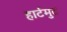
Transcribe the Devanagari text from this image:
हार्टमुट